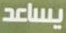
يساعد